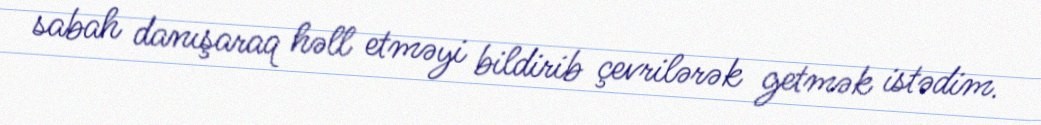
sabah danışaraq həll etməyi bildirib çevrilərək getmək istədim.